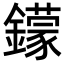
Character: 𨮵